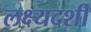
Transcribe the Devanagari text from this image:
लक्ष्यदर्शी